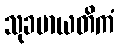
သုခမာယတိကံ